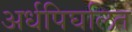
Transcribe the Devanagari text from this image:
अर्धपिघलित